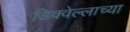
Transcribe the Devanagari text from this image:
डिक्वेल्लाच्या